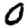
Digit: 0